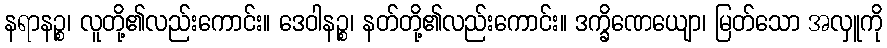
နရာနဉ္စ၊ လူတို့၏လည်းကောင်း။ ဒေဝါနဉ္စ၊ နတ်တို့၏လည်းကောင်း။ ဒက္ခိဏေယျော၊ မြတ်သော အလှူကို